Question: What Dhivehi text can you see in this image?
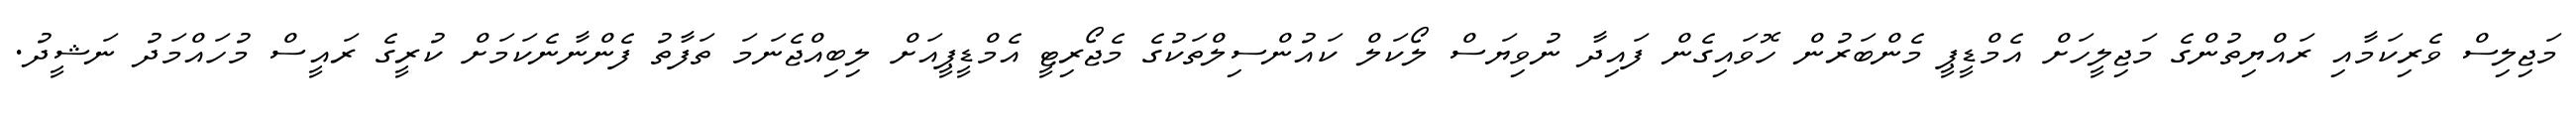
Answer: މަޖިލިސް ވެރިކަމާއި ރައްޔިތުންގެ މަޖިލީހަށް އެމްޑީޕީ މެންބަރުން ހޮވައިގެން ފައިދާ ނުވިޔަސް ލޯކަލް ކައުންސިލްތަކުގެ މެޖޯރިޓީ އެމްޑީޕީއަށް ލިބިއްޖެނަމަ ތަފާތު ފެންނާނެކަމަށް ކުރީގެ ރައީސް މުހައްމަދު ނަޝީދު.